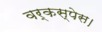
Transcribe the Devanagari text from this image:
वर्कस्पेस।